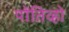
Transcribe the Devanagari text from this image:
पोंतिव्हो